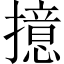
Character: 𢶶